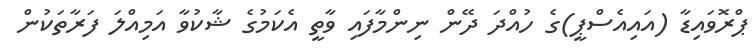
ޕްރޮވައިޑާ (އައިއެސްޕީ)ގެ ހުއްދަ ދޭން ނިންމާފައި ވާތީ އެކަމުގެ ޝާކުވާ އަމިއްލަ ފަރާތަކުން